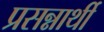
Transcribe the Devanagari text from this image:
प्रसन्नार्थी